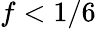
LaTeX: f<1/6